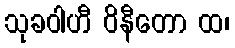
သုခဝါဟီ ဝိနီတော ထ၊